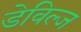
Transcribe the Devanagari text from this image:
डेविल्ज